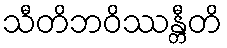
သီတိဘဝိဿန္တီတိ